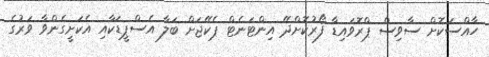
ހާއްސަކޮށް ސާވިސް ޕްރޮވައިޑާ ފޯރުކޮށްދޭ އިންޓަނެޓް ޕެކޭޖަށް ބަލާ އެސްޕީޑަކާއި އެކަށީގެންވާ ވަރުގެ